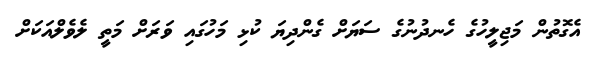
އެގޮތުން މަޖިލީހުގެ ހެނދުނުގެ ސަޔަށް ގެންދިޔަ ކުޅި މަހުގައި ވަރަށް މަތީ ލެވެލްއަކަށް